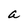
Character: a